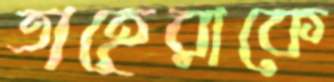
তাহেরাকে